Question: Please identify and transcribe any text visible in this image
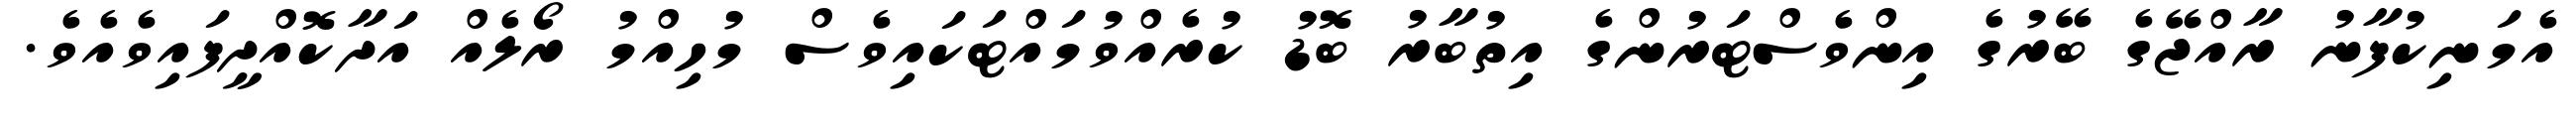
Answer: އެމަނިކުފާނު ރާއްޖޭގެ ބޭރުގެ އިންވެސްޓަރުންގެ އިތުބާރު ބޮޑު ކުރެއްވުމައްޓަކައިވެސް މުހިއްމު ރޯލެއް އަދާކޮއްދީފައިވެއެވެ.